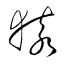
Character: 猿